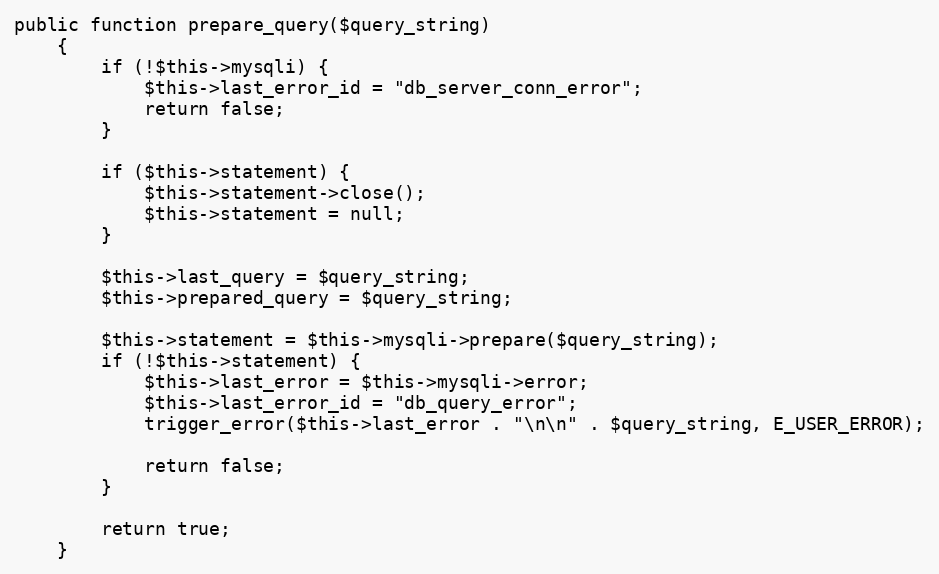
Language: PHP
public function prepare_query($query_string)
    {
        if (!$this->mysqli) {
            $this->last_error_id = "db_server_conn_error";
            return false;
        }

        if ($this->statement) {
            $this->statement->close();
            $this->statement = null;
        }

        $this->last_query = $query_string;
        $this->prepared_query = $query_string;

        $this->statement = $this->mysqli->prepare($query_string);
        if (!$this->statement) {
            $this->last_error = $this->mysqli->error;
            $this->last_error_id = "db_query_error";
            trigger_error($this->last_error . "\n\n" . $query_string, E_USER_ERROR);

            return false;
        }

        return true;
    }